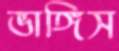
ভাঙ্গিস